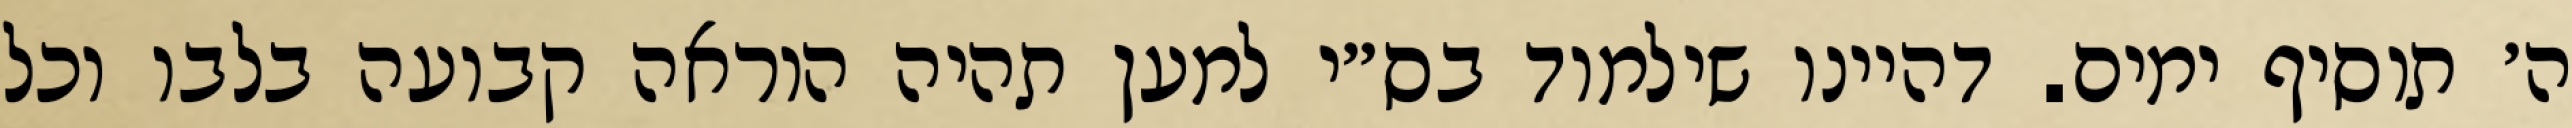
ה׳ תוסיף ימים. דהיינו שילמוד בס״י למען תהיה הוראה קבועה בלבו וכל